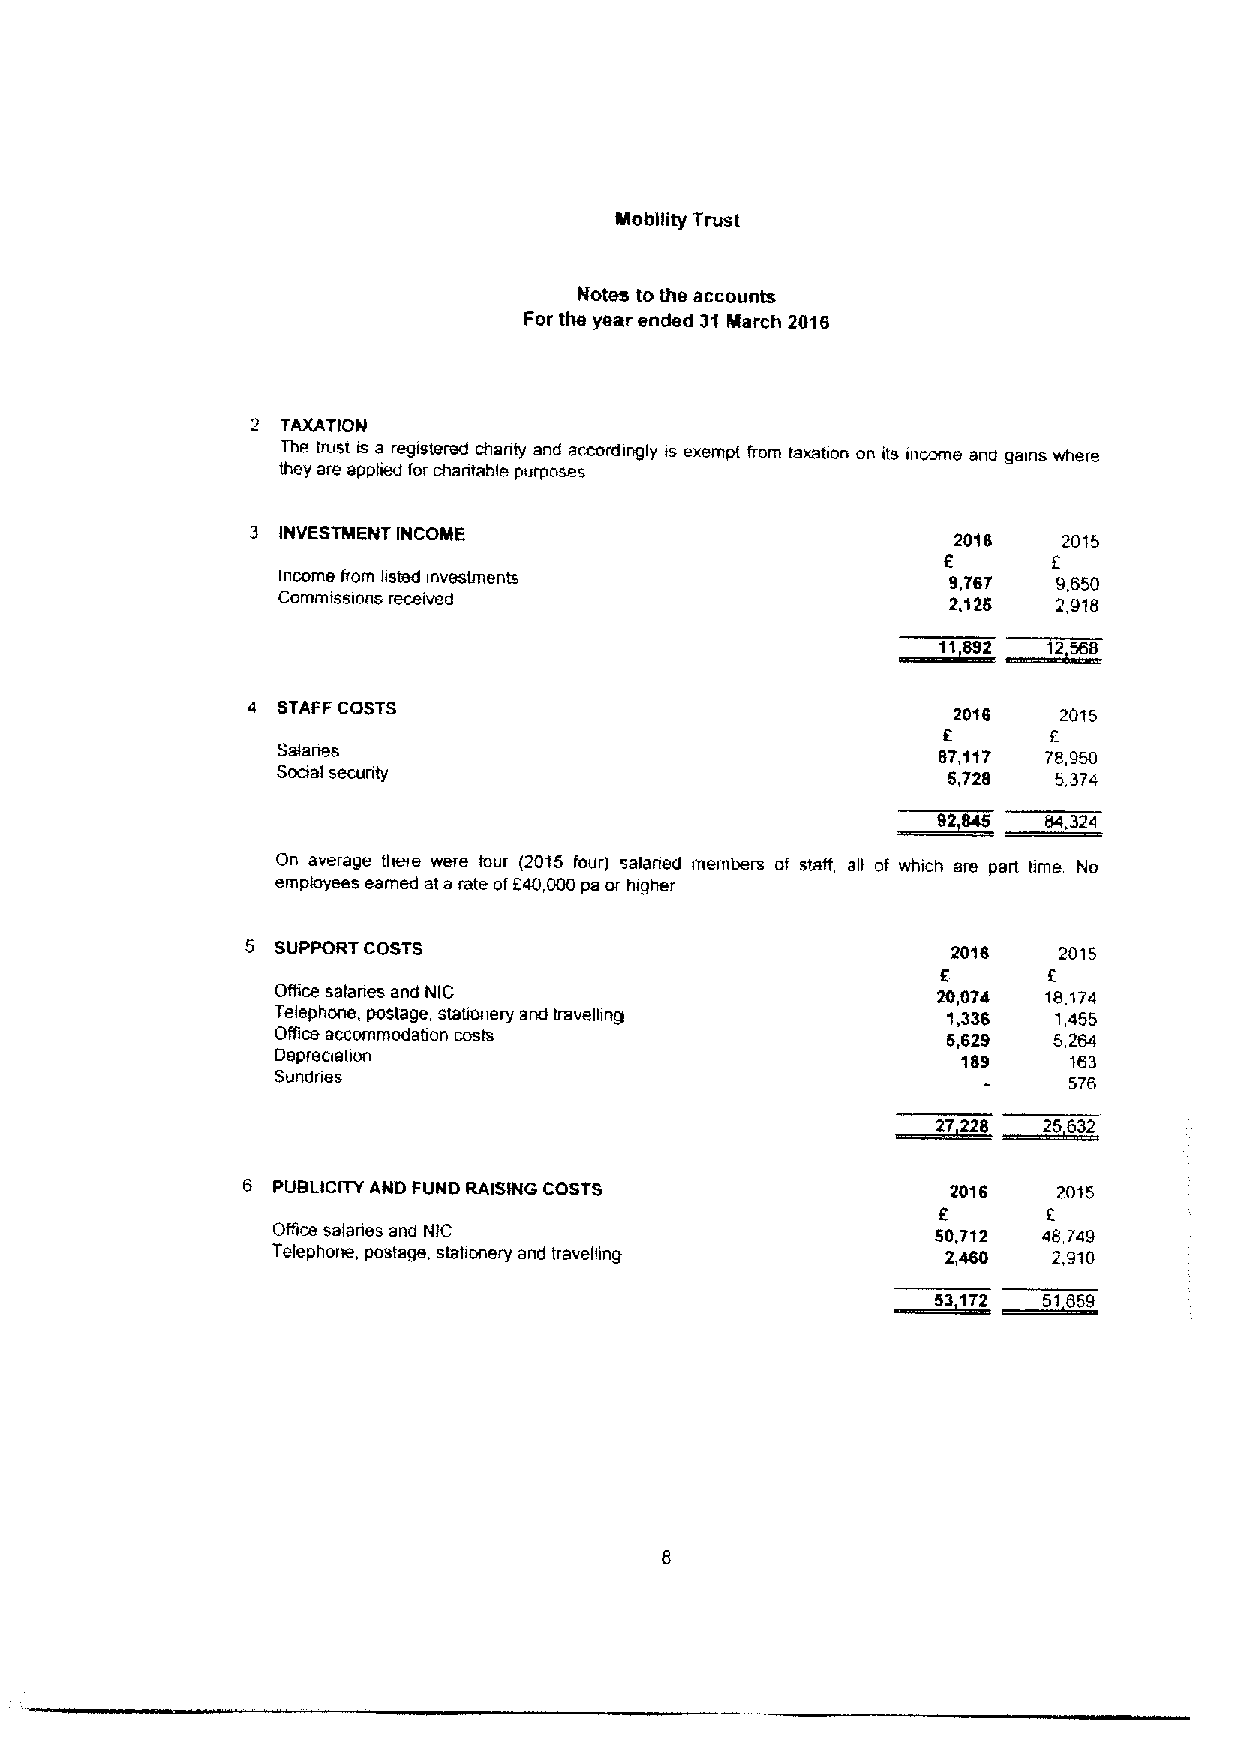
Mobility Trust
 Notes to the accounts
 For the year ended 31March 2016
 2 TAXATION
 The trust m a mgistered chanty and accordingly is exempt from taxation on its income and gains where
 they are applied for chantable purposes
 3 INVESTMENT INCOME                           2016   2015
 Income from lisied investments               9,767  9,650
 Commissions recewed                          2,125  2,918
 Satanas
 2
 4 STAFF COSTS                                  2018   2015
 5
 87,117 ?8,950
 Social secunty                               5,728  5,374
 92845  84,324
 On average them were four (2015 four) salaned members of staff, all of which are part time No
 employees earned at arate of840,000pa or higher
 5 SUPPORT COSTS                                2016   2015
 5      5
 Ofhce satanas and NIC                       20,074 18,174
 Telephone, postage, stahonery and travelhng  1,336  1,455
 Office accommodabon costs                    6,629  5,264
 Oepreoation                                   189    163
 Sundnes                                              5?6
 8    5832
 6 PU8LICITY AND FUND RAISING COSTS             2016   2015
 8
 Oftice salanes and NIC                      50,712 48,749
 Telephone, postage, stationery and travelhng 2,460  2,910
 22   5 855